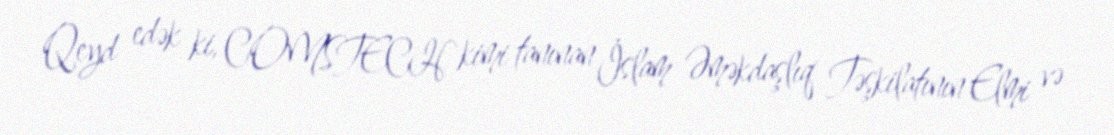
Qeyd edək ki, COMSTECH kimi tanınan İslam Əməkdaşlıq Təşkilatının Elmi və